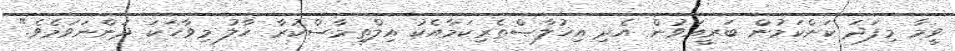
ވީމާ މިފަދަ ކަންކަމުން ބަރީއަވުން އެދި އިޚުލާޞްތެރިކަމާއެކު އިލްތިމާސްކުރާ ހާލު މިވާހަކަ ދަންނަވަމެވެ."